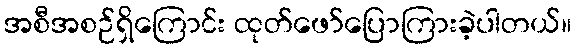
အစီအစဉ်ရှိကြောင်း ထုတ်ဖော်ပြောကြားခဲ့ပါတယ်။